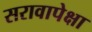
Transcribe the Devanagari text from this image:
सरावापेक्षा